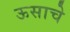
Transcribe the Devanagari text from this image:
ऊसाचे